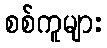
စစ်ကူများ